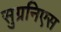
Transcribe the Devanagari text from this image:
सुग्रनिएस